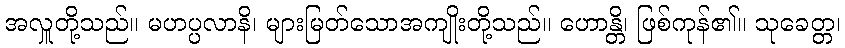
အလှူတို့သည်။ မဟပ္ပလာနိ၊ များမြတ်သောအကျိုးတို့သည်။ ဟောန္တိ၊ ဖြစ်ကုန်၏။ သုခေတ္တ၊